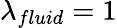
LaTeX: \lambda_{fluid}=1